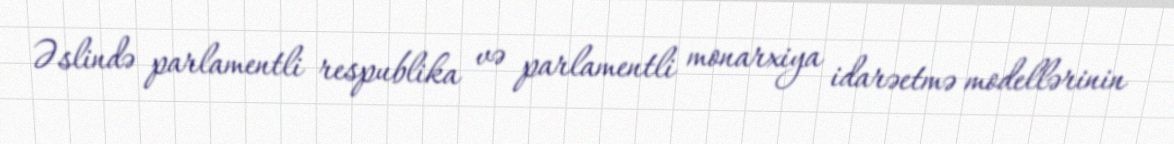
Əslində parlamentli respublika və parlamentli monarxiya idarəetmə modellərinin